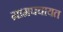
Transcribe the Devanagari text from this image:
ग्रामपचायत